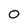
Character: 0